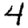
Digit: 4